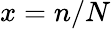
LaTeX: x=n/N